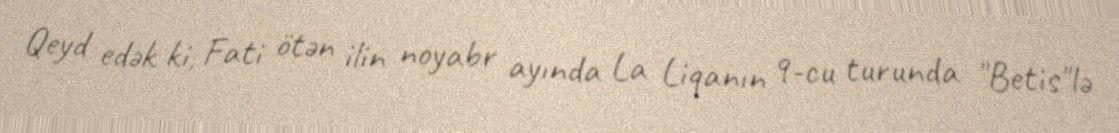
Qeyd edək ki, Fati ötən ilin noyabr ayında La Liqanın 9-cu turunda "Betis"lə